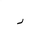
Letter: _ra